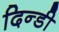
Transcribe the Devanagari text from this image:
दिन्डी